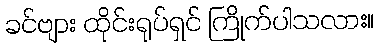
ခင်ဗျား ထိုင်းရုပ်ရှင် ကြိုက်ပါသလား။